Scottish Leaving Certificate Examination, 1953
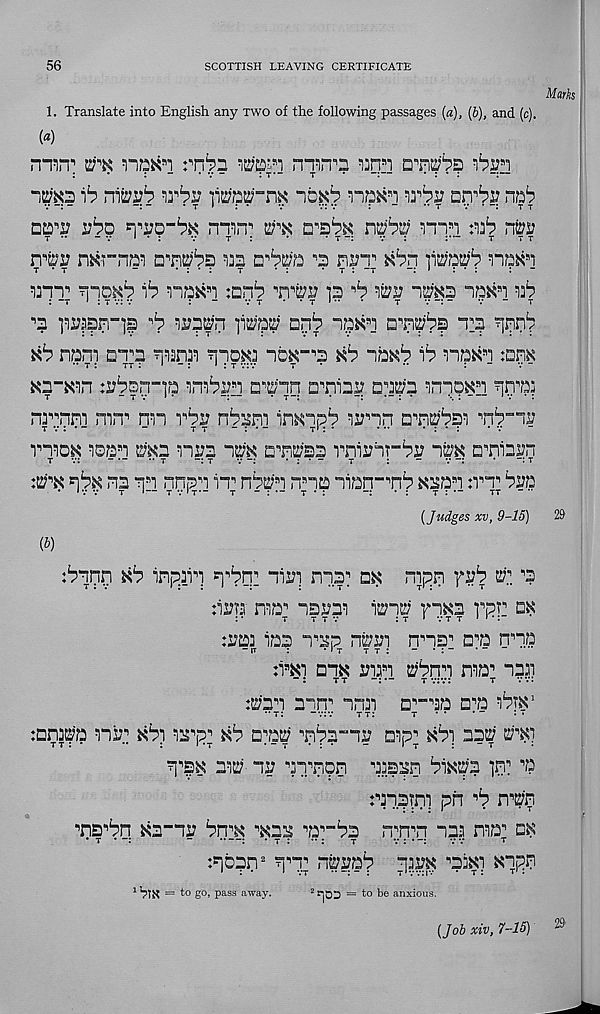
56
SCOTTISH LEAVING CERTIFICATE
Marks
1. Translate into English any two of the following passages (a), (b), and (c).
(a)
min': ktn nTO :'n^n to*! rnrrn ^q. s i
v
-
* t * : •
v
v: v
: -
" r v *
t t
dcd^ uio
min 1
ns;^; m s i
iro
t
“ v 1 • :
v
t :
*
* t -:
v :
t
t t
n^s? n^rnai
m
^ ni?T tibn ]wwb
^nT 1
naK s i mnb TTfri? is ^ wv ims nnwi nb
: ~t ’ : 7 v: v
: -
v t • • T »•• •
t
v -
v “ t
•’s
■'b
aq^
t_% qqn*?
iib nam
?noa<3 “ibK”^ Kb ibKb ib naKb :nm
Ka-Kin frbsq-ja ^mbi?_ s i a^qn Q^nia^?
inqpK!!
mrr nn rbv nbam iriKipb wnn □■’n^bsi ^nb”^
vnoK ids"! m2 nua ™ aT^'sa rnirbrb^ nbK a^niam
tv:
- *“ •• t
—: t
v —:
* : * -
t
:
“
v -:
*
: t
:t2TK qbK na q s i nnan It nbt^i nna nian- , nb Kaa s i :tt b!:a
{Judges xv, 9-15)
29
(b)
:bqqq Kb inp ; 2iq q^bq: aii?i nna? dk nipn fi?b ^ ^
:ii;Ta ma' 1 ns^aa
riKa vpr_ dk
:aaa iaa n^p pj?i
a^a nna
:bKi b“ik
uibm nia" aaa
-:
tt
-:•-
t v:v:
t vv:
f^aa aan^ anai
a^aa a^a abtK 1
** t:
“v:v t t:
t
:Bm2?B nb**’ Kbi aarp' 1 Kb a^ s nba“ns? aap’ Kbi 22^ ui'K)
q^K aw- iv
a;san biKpa ]n: v
rn.pmi pn ^b nwn
,, ns i bn Ka-na bn^K ‘Kaa ^a^ba
n^n^n aaa naa^ ok
:qbpn 2 q^q^ nbpab
q?.s?K ^aiKi Kqqp
1 VlN = to go, pass away.
2 rjQ^ = to be anxious.
(Job xiv, 7-15)
29